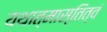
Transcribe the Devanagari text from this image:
यथात्मास्तित्वं